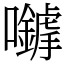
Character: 𡅈